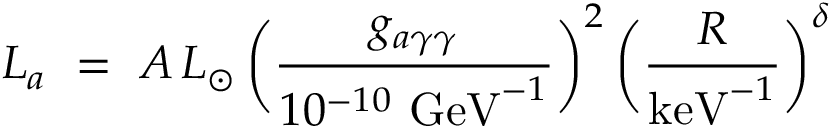
L _ { a } \ = \ A \, L _ { \odot } \, \bigg ( \frac { g _ { a \gamma \gamma } } { 1 0 ^ { - 1 0 } \ \mathrm { G e V } ^ { - 1 } } \bigg ) ^ { 2 } \, \bigg ( \frac { R } { \mathrm { k e V } ^ { - 1 } } \bigg ) ^ { \delta }